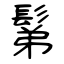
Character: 鬀